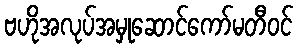
ဗဟိုအလုပ်အမှုဆောင်ကော်မတီဝင်